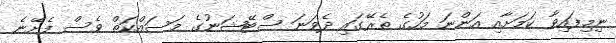
ނިމިފައިވާ ކަމަށާއި އަންނަ މަހުގެ ތެރޭގައި ދެވަނަ ސްޓޭޝަނުގެ މަސައްކަތް ވެސް ފެށޭނެ